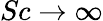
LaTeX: Sc\to\infty